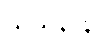
သယနာနိ